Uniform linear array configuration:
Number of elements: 8
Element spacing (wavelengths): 0.25
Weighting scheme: hann
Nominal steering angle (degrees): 45
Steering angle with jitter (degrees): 46.428
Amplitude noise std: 0.05
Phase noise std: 0.05

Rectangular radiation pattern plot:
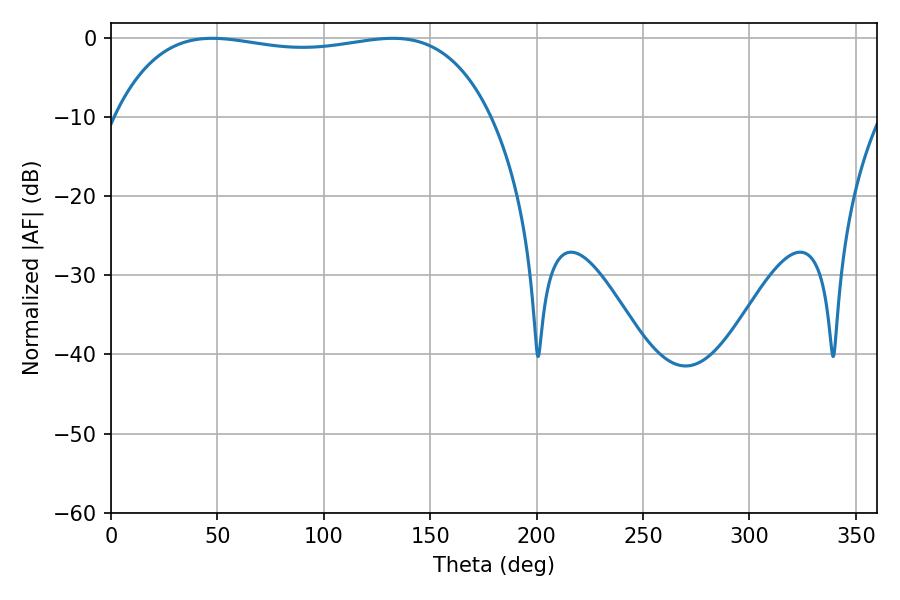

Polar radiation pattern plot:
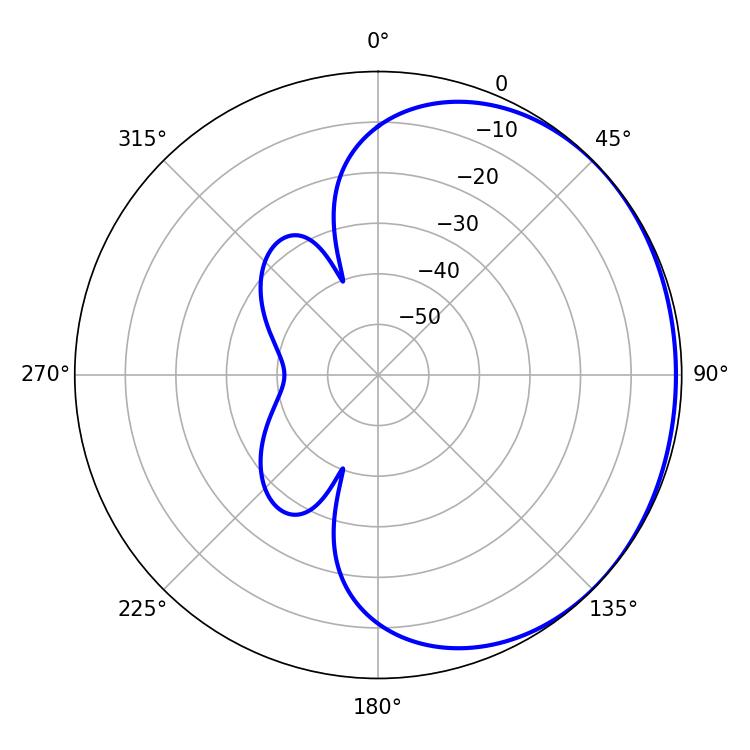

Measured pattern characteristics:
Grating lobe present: FALSE
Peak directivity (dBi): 0.7788
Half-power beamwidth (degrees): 141.84
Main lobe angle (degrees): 47.52